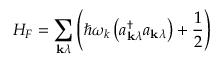
H _ { F } = \sum _ { \mathbf { k } \lambda } \left( \hbar \omega _ { k } \left( a _ { \mathbf { k } \lambda } ^ { \dagger } a _ { \mathbf { k } \lambda } \right) + { \frac { 1 } { 2 } } \right)